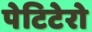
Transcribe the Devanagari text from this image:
पेटिटेरो